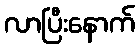
လာပြီးနောက်